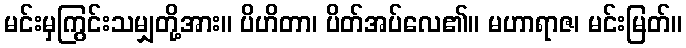
မင်းမှကြွင်းသမျှတို့အား။ ပိဟိတာ၊ ပိတ်အပ်လေ၏။ မဟာရာဇ၊ မင်းမြတ်။